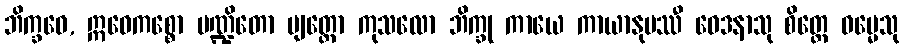
ဘိက္ခဝေ, ဣဓေကစ္စော ပဏ္ဍိတော ဗျတ္တော ကုသလော ဘိက္ခု ကာယေ ကာယာနုပဿီ ဝေဒနာသု စိတ္တေ ဓမ္မေသု